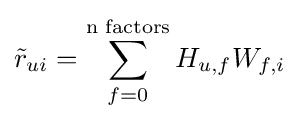
{\tilde {r}}_{ui}=\sum _{f=0}^{\text{n factors}}H_{u,f}W_{f,i}